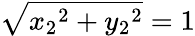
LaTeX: {\sqrt{{x_{2}}^{2}+{y_{2}}^{2}}}=1